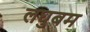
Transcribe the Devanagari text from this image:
लघुबम